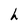
Character: h